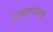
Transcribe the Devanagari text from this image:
इम्मारटल्स